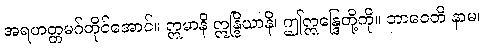
အရဟတ္တမဂ်တိုင်အောင်။ ဣမာနိ ဣန္ဒြိယာနိ၊ ဤဣန္ဒြေတို့ကို။ ဘာဝေတိ နာမ၊